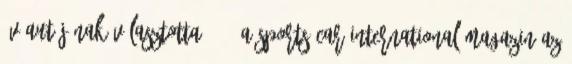
év autójának választotta. 83 A Sports Car International magazin az